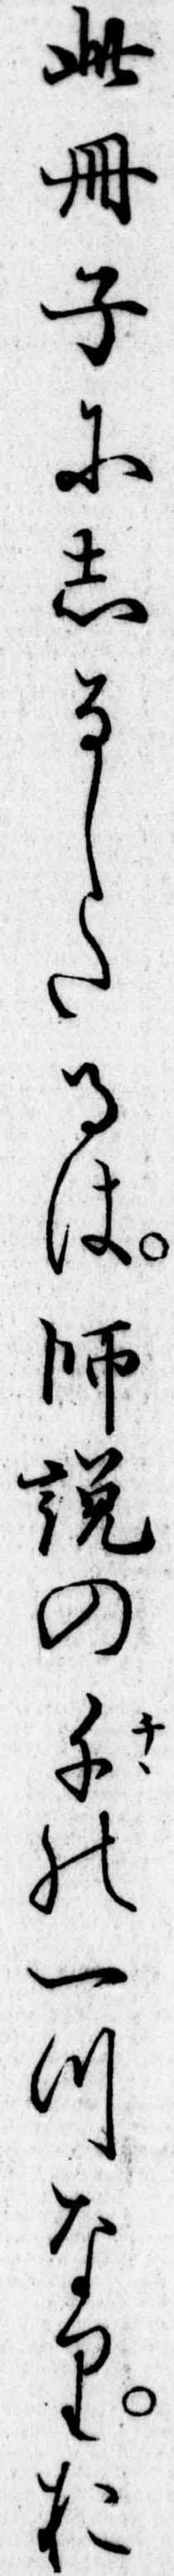
此冊子にしるしたるは師説の千の一つなりお